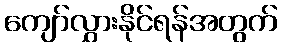
ကျော်လွှားနိုင်ရန်အတွက်